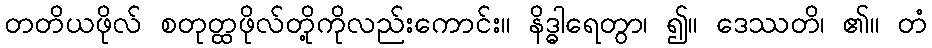
တတိယဖိုလ် စတုတ္ထဖိုလ်တို့ကိုလည်းကောင်း။ နိဒ္ဓါရေတွာ၊ ၍။ ဒေဿတိ၊ ၏။ တံ